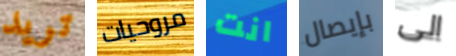
تريد مروحيات انت بإيصال الى